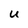
Character: u